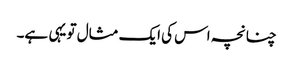
چنانچہ اس کی ایک مثال تو یہی ہے۔